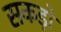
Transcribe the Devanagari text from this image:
सकड़ों